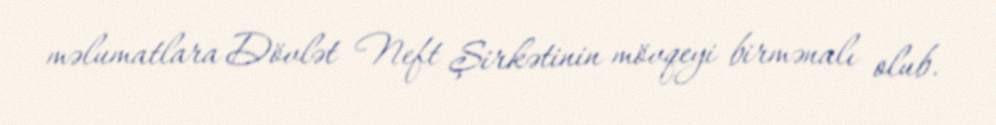
məlumatlara Dövlət Neft Şirkətinin mövqeyi birmənalı olub.